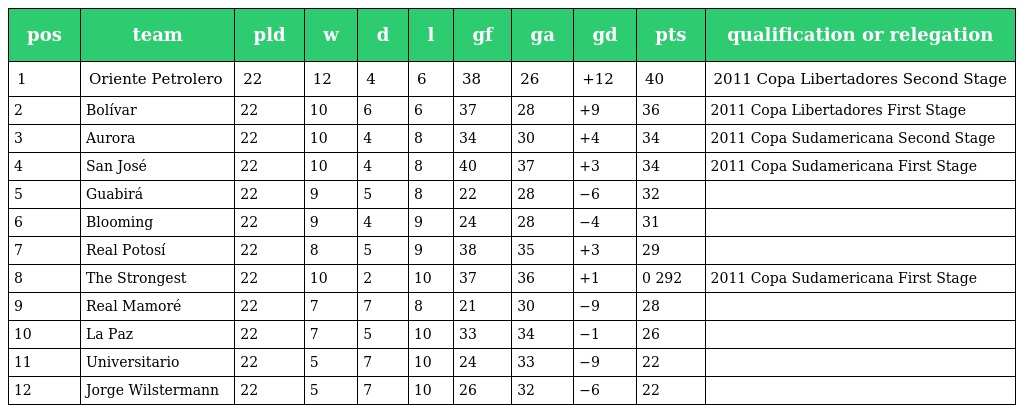
| pos | team | pld | w | d | l | gf | ga | gd | pts | qualification or relegation |
 | --- | --- | --- | --- | --- | --- | --- | --- | --- | --- | --- |
 | 1 | Oriente Petrolero | 22 | 12 | 4 | 6 | 38 | 26 | +12 | 40 | 2011 Copa Libertadores Second Stage |
 | 2 | Bolívar | 22 | 10 | 6 | 6 | 37 | 28 | +9 | 36 | 2011 Copa Libertadores First Stage |
 | 3 | Aurora | 22 | 10 | 4 | 8 | 34 | 30 | +4 | 34 | 2011 Copa Sudamericana Second Stage |
 | 4 | San José | 22 | 10 | 4 | 8 | 40 | 37 | +3 | 34 | 2011 Copa Sudamericana First Stage |
 | 5 | Guabirá | 22 | 9 | 5 | 8 | 22 | 28 | −6 | 32 |  |
 | 6 | Blooming | 22 | 9 | 4 | 9 | 24 | 28 | −4 | 31 |  |
 | 7 | Real Potosí | 22 | 8 | 5 | 9 | 38 | 35 | +3 | 29 |  |
 | 8 | The Strongest | 22 | 10 | 2 | 10 | 37 | 36 | +1 | 0 292 | 2011 Copa Sudamericana First Stage |
 | 9 | Real Mamoré | 22 | 7 | 7 | 8 | 21 | 30 | −9 | 28 |  |
 | 10 | La Paz | 22 | 7 | 5 | 10 | 33 | 34 | −1 | 26 |  |
 | 11 | Universitario | 22 | 5 | 7 | 10 | 24 | 33 | −9 | 22 |  |
 | 12 | Jorge Wilstermann | 22 | 5 | 7 | 10 | 26 | 32 | −6 | 22 |  |